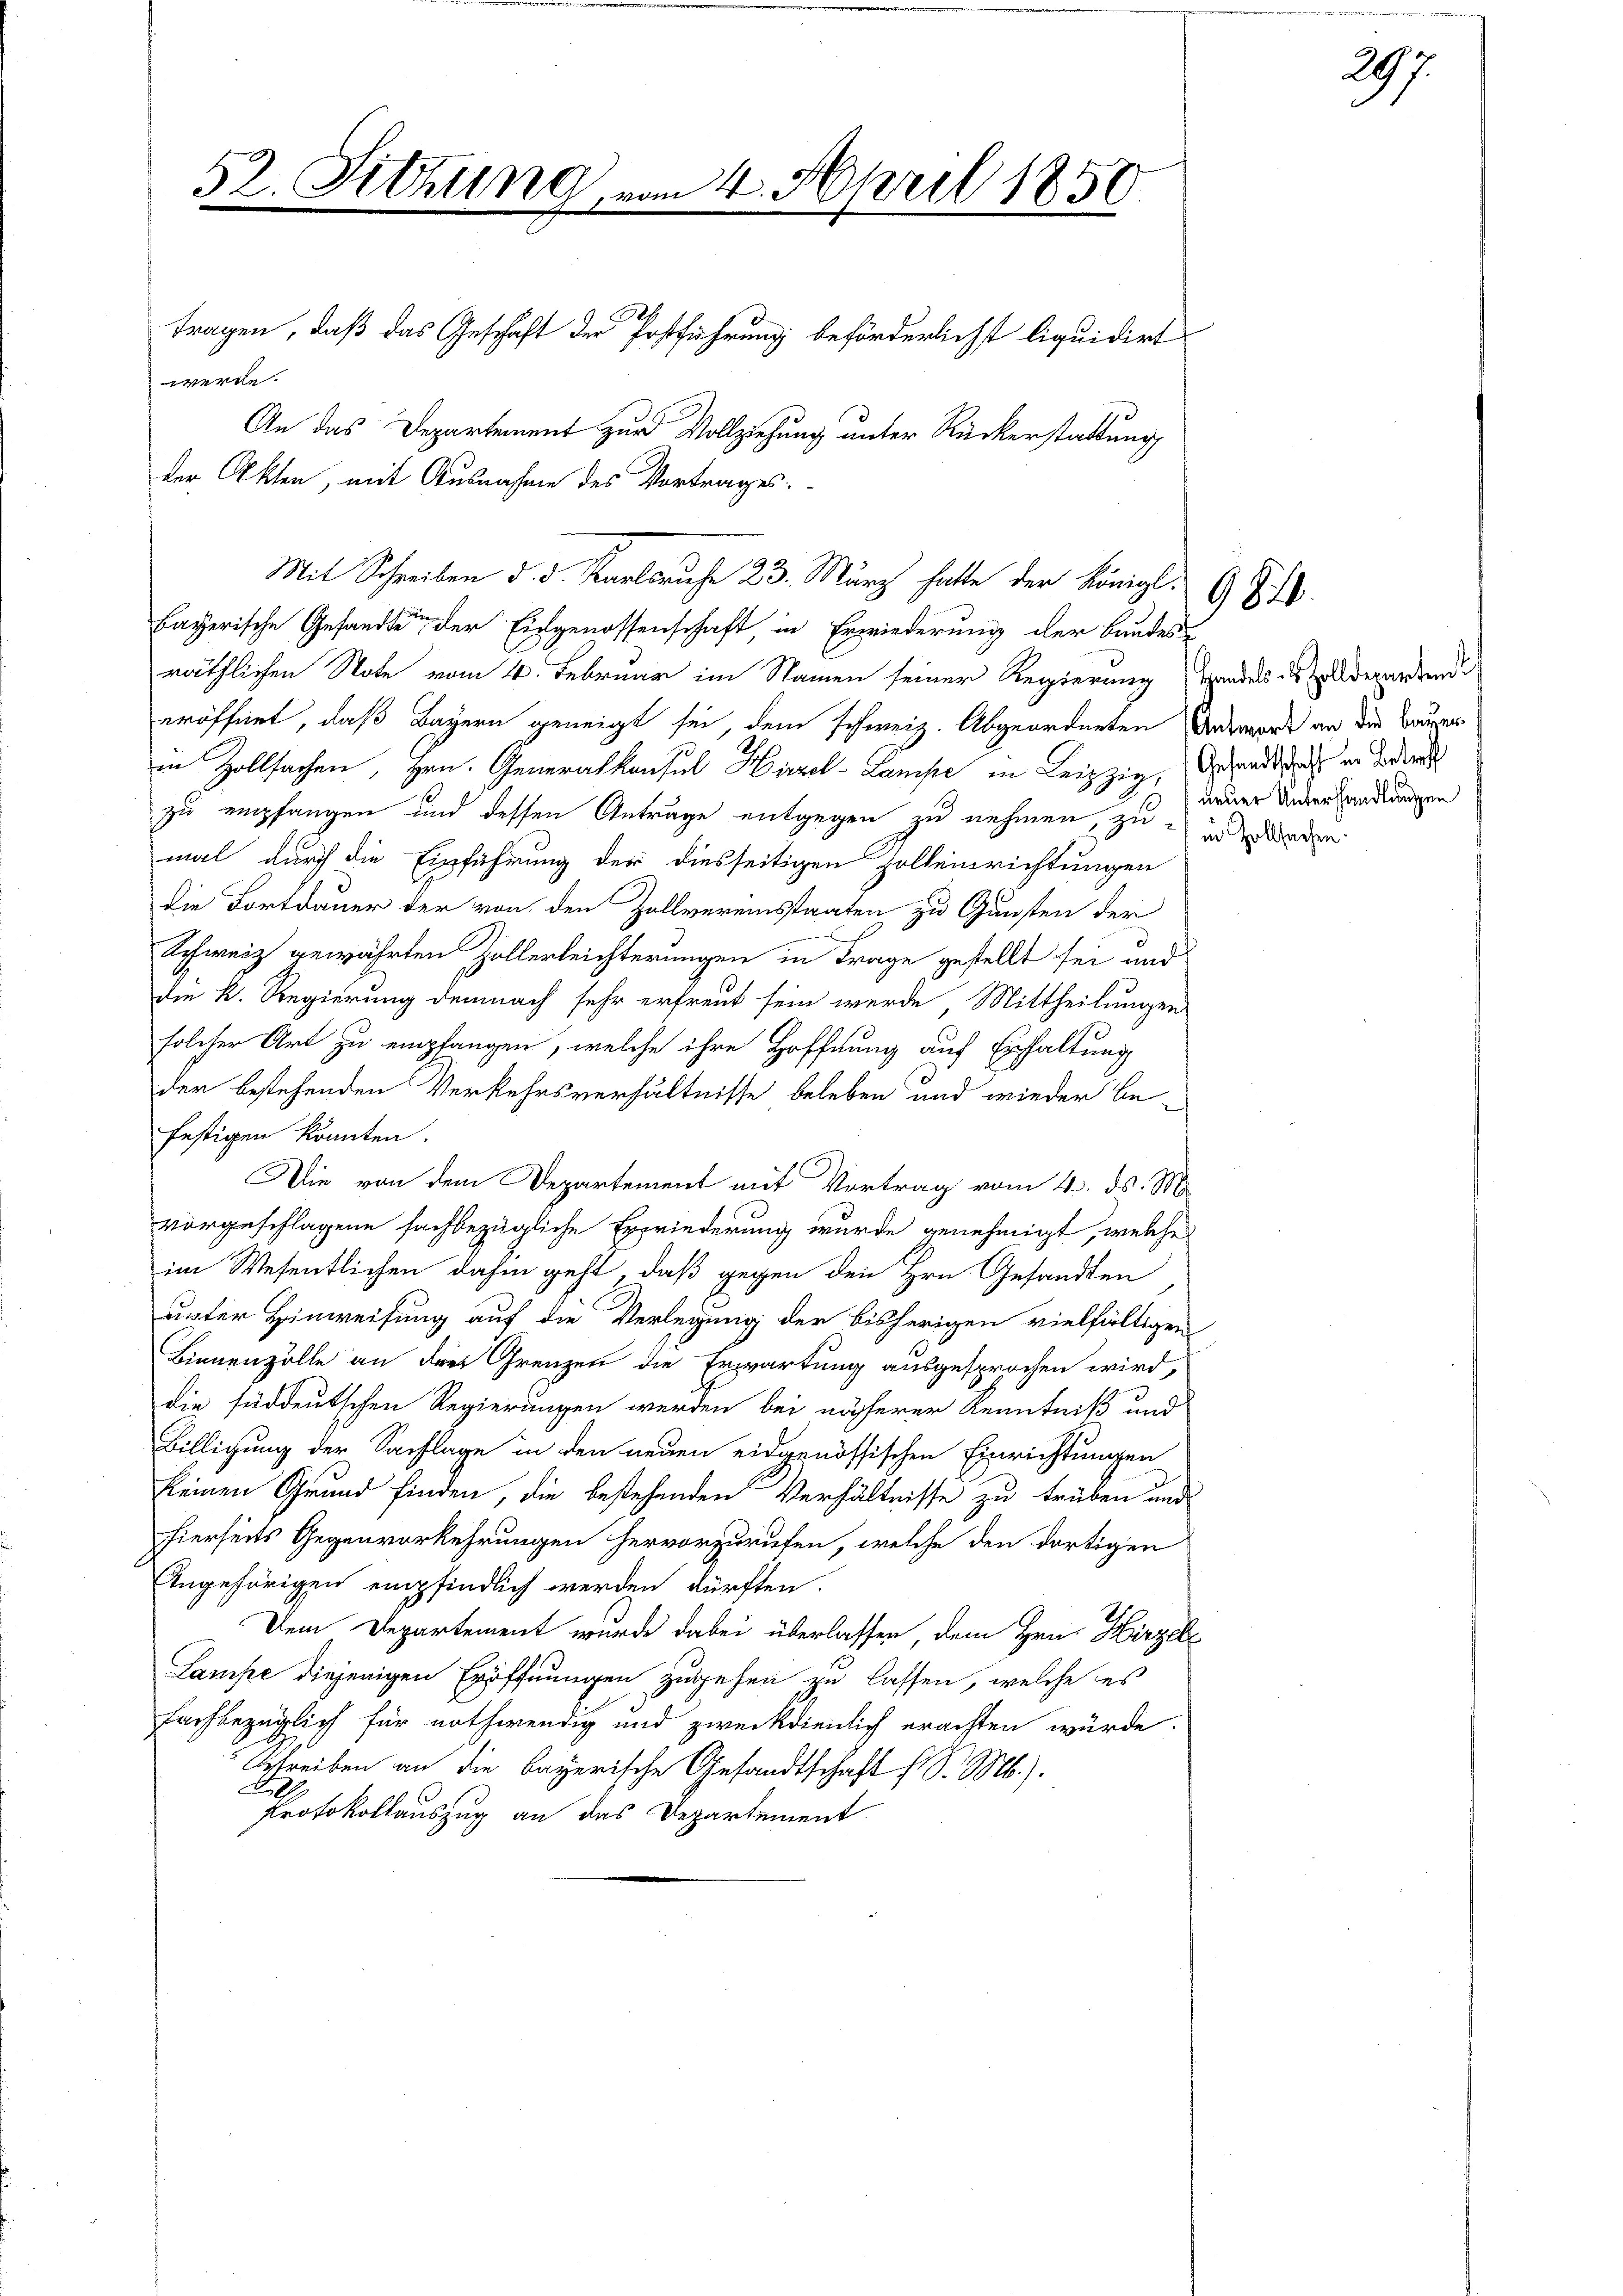
52. Sitzung vom 4. April 1850.
tragen, daß das Geschaft der Postführung beförderlichst liquidirt
werde.
An das Departement zur Vollziehung unter Rückerstattung
der Akten, mit Ausnahme des Vortrages:

räthlichen Note vom 4. Februar im Namen seiner Regierung Handels in Zolldepartend
eröffnet, daß Bayern geneigt sei, dem schweiz. Abgeordneten Dadward an die Baurer
in Zollsachen, Hrn. Generalkonsul Hirzel-Lampe in Leipzig, Gesandte in der
zu empfangen und dessen Anträge entgegen zu nehmen, zu an Baden
mal durch die Einführung der diesseitigen Holleinrichtungen
die Fortdauer der von den Zollvereinstaaten zu Gunsten der
Schweiz gewährten Zollerleichterungen in Frage gestellt sei und
die k. Regierung demnach sehr erfreut sein werde, Mittheilungen
solcher Art zu empfangen, welche ihre Hoffnung auf Erhaltung
der bestehenden Verkehrsverhältnisse beleben und wieder be-
festigen könnten.
Die von dem Departement mit Vortrag vom 4. ds. M
vorgeschlagene fachbezügliche Erwiederung wurde genehmigt, welche
im Wesentlichen dahin geht, daß gegen den Hrn. Gesandten
unter Hinweisung auf die Verlegung der bisherigen vielfälligen
Binnenzolle an der Grenzen die Erwartung ausgesprochen wird,
die süddeutschen Regierungen werden bei näherer Kenntniß und
Billigung der Sachlage in den neuen eidgenössischen Einrichtungen
keinen Grund finden, die bestehenden Verhältnisse zu trüben und
hierseits Gegenvorkehrungen hervorzurufen, welche den dortigen
Angehörigen empfindlich werden dürften.
Dem Departement wurde dabei überlassen, dem Hrn. Hirzele
Lampe diejenigen Eröffnungen zugehen zu lassen, welche des
fachbezüglich für nothwendig und zweckdienlich erachten würde.
Schreiben an die bayerische Gesandtschaft h. d. Ms.).
A
Protokollauszug an das Departement.

Mit Schreiben d. d. Karlsruhe 23. März hatte der Königl.
bayerische Gesandte der Eidgenossenschaft, in Erwiederung der Bundes

9820.

297.

neuer Unterhandlungen